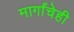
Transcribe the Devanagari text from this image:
मार्गांचेही